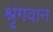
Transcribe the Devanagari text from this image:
श्रृंगवान